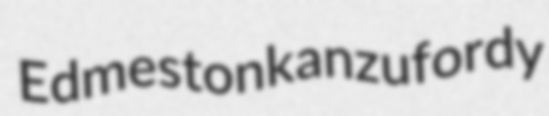
Edmeston kanzu fordy